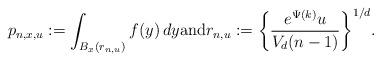
LaTeX: \begin{align*}p_{n,x,u} := \int_{B_x(r_{n,u})} f(y) \, dy{\rm and} r_{n,u} := \biggl\{\frac{e^{\Psi(k)} u}{V_d (n-1)}\biggr\}^{1/d}.\end{align*}